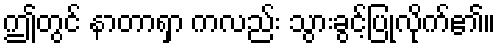
ဤတွင် နာတာရှာ ကလည်း သွားခွင့်ပြုလိုက်၏။